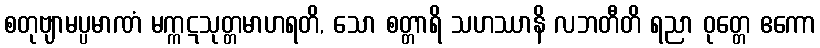
စတုဗျာမပ္ပမာဏံ မက္ကဋသုတ္တမာဟရတိ, သော စတ္တာရိ သဟဿာနိ လဘတီတိ ရညာ ဝုတ္တေ ဧကော